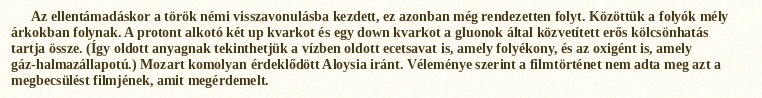
Az ellentámadáskor a török némi visszavonulásba kezdett, ez azonban még rendezetten folyt. Közöttük a folyók mély árkokban folynak. A protont alkotó két up kvarkot és egy down kvarkot a gluonok által közvetített erős kölcsönhatás tartja össze. (Így oldott anyagnak tekinthetjük a vízben oldott ecetsavat is, amely folyékony, és az oxigént is, amely gáz-halmazállapotú.) Mozart komolyan érdeklődött Aloysia iránt. Véleménye szerint a filmtörténet nem adta meg azt a megbecsülést filmjének, amit megérdemelt.